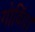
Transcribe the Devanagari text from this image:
गोविंद।